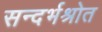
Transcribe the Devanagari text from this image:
सन्दर्भश्रोत